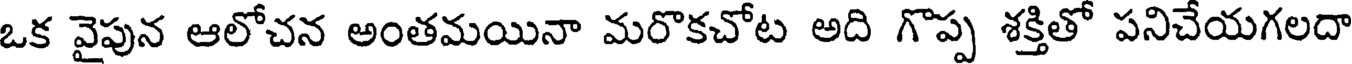
ఒక వైపున ఆలోచన అంతమయినా మరొకచోట అది గొప్ప శక్తితో పనిచేయగలదా